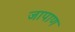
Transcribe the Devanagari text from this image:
जापाण